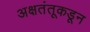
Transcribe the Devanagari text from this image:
अक्षतंतूकडून